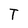
Character: T